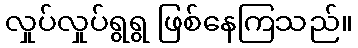
လှုပ်လှုပ်ရွရွ ဖြစ်နေကြသည်။